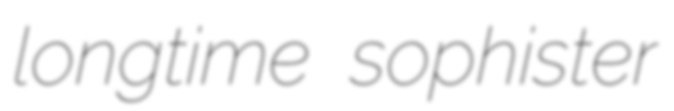
longtime sophister